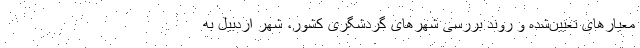
معیارهای تعیین‌شده و روند بررسی شهرهای گردشگری کشور، شهر اردبیل به